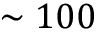
\sim 1 0 0